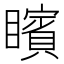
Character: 矉